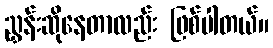
ညွှန်းဆိုနေတာလည်း ဖြစ်ပါတယ်။